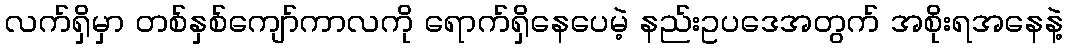
လက်ရှိမှာ တစ်နှစ်ကျော်ကာလကို ရောက်ရှိနေပေမဲ့ နည်းဥပဒေအတွက် အစိုးရအနေနဲ့